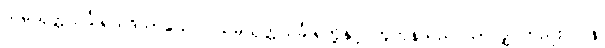
သမ္ပယုတ္တသင်္ခါရသဒိသာယေဝ၊ သမ္ပယုတ္တသင်္ခါရတို့နှင့် တူကုန်သည် သာလျှင်တည်း။ ပန၊